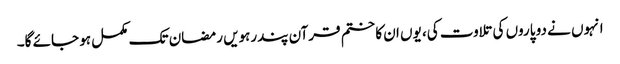
انہوں نے دو پاروں کی تلاوت کی، یوں ان کا ختم قرآن پندرہویں رمضان تک مکمل ہو جائے گا۔